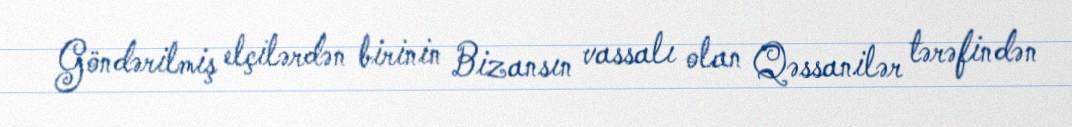
Göndərilmiş elçilərdən birinin Bizansın vassalı olan Qəssanilər tərəfindən